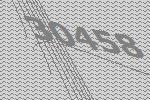
30458